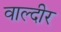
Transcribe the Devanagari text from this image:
वाल्दीर